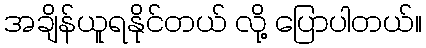
အချိန်ယူရနိုင်တယ် လို့ ပြောပါတယ်။